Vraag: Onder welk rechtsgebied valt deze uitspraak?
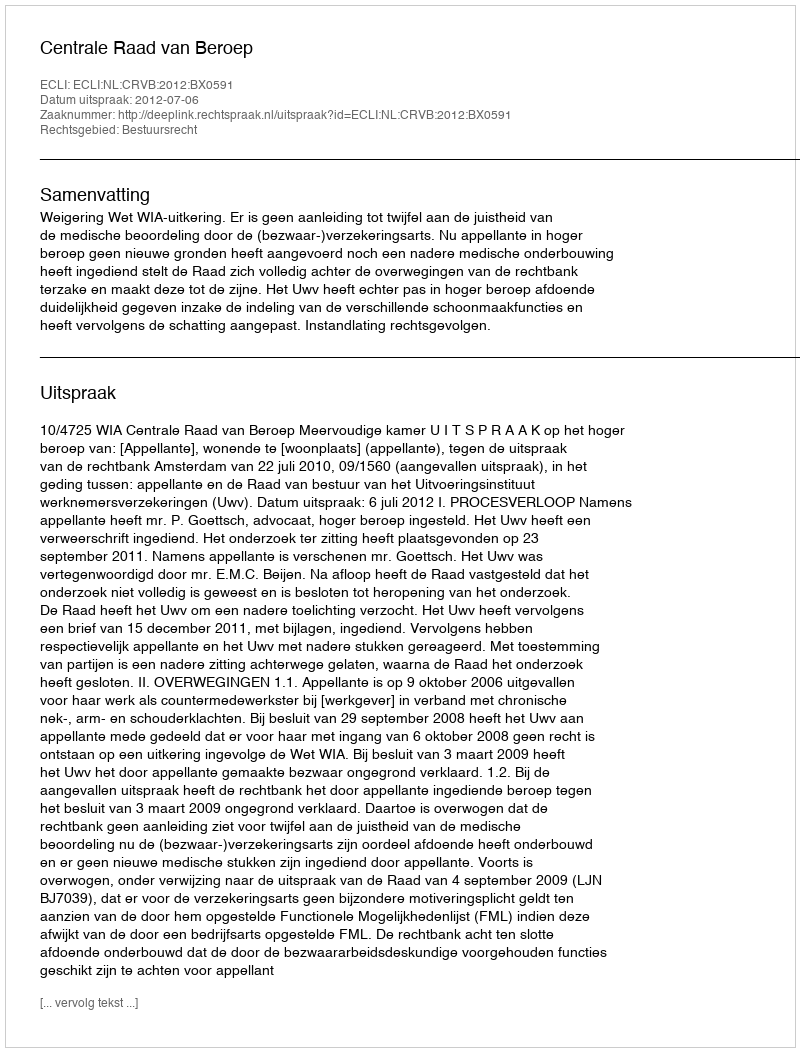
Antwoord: Bestuursrecht